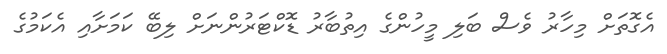
އެގޮތަށް މިހާރު ވެސް ބަލި މީހުންގެ އިތުބާރު ޑޮކްޓަރުންނަށް ލިބޭ ކަމަށާއި އެކަމުގެ